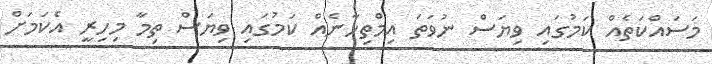
މަސައްކަތެއް ކަމުގައި ވިޔަސް ނުވަތަ އިމްތިހާނެއް ކަމުގައި ވިޔަސް ތިމާ މިހިރީ އެކަމަށް